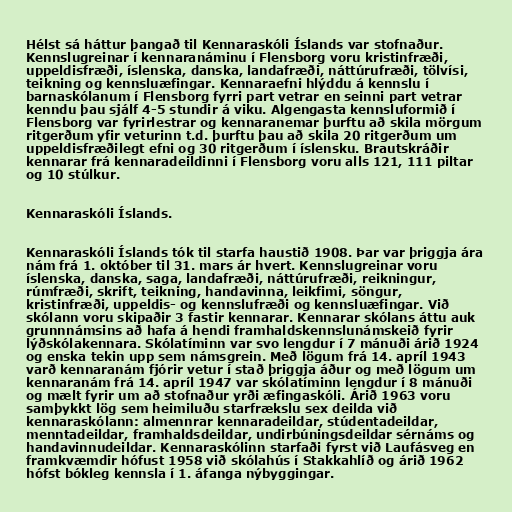
Hélst sá háttur þangað til Kennaraskóli Íslands var stofnaður.
Kennslugreinar í kennaranáminu í Flensborg voru kristinfræði,
uppeldisfræði, íslenska, danska, landafræði, náttúrufræði, tölvísi,
teikning og kennsluæfingar. Kennaraefni hlýddu á kennslu í
barnaskólanum í Flensborg fyrri part vetrar en seinni part vetrar
kenndu þau sjálf 4-5 stundir á viku. Algengasta kennsluformið í
Flensborg var fyrirlestrar og kennaranemar þurftu að skila mörgum
ritgerðum yfir veturinn t.d. þurftu þau að skila 20 ritgerðum um
uppeldisfræðilegt efni og 30 ritgerðum í íslensku. Brautskráðir
kennarar frá kennaradeildinni í Flensborg voru alls 121, 111 piltar
og 10 stúlkur.

Kennaraskóli Íslands.

Kennaraskóli Íslands tók til starfa haustið 1908. Þar var þriggja ára
nám frá 1. október til 31. mars ár hvert. Kennslugreinar voru
íslenska, danska, saga, landafræði, náttúrufræði, reikningur,
rúmfræði, skrift, teikning, handavinna, leikfimi, söngur,
kristinfræði, uppeldis- og kennslufræði og kennsluæfingar. Við
skólann voru skipaðir 3 fastir kennarar. Kennarar skólans áttu auk
grunnnámsins að hafa á hendi framhaldskennslunámskeið fyrir
lýðskólakennara. Skólatíminn var svo lengdur í 7 mánuði árið 1924
og enska tekin upp sem námsgrein. Með lögum frá 14. apríl 1943
varð kennaranám fjórir vetur í stað þriggja áður og með lögum um
kennaranám frá 14. apríl 1947 var skólatíminn lengdur í 8 mánuði
og mælt fyrir um að stofnaður yrði æfingaskóli. Árið 1963 voru
samþykkt lög sem heimiluðu starfrækslu sex deilda við
kennaraskólann: almennrar kennaradeildar, stúdentadeildar,
menntadeildar, framhaldsdeildar, undirbúningsdeildar sérnáms og
handavinnudeildar. Kennaraskólinn starfaði fyrst við Laufásveg en
framkvæmdir hófust 1958 við skólahús í Stakkahlíð og árið 1962
hófst bókleg kennsla í 1. áfanga nýbyggingar.